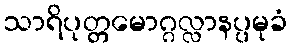
သာရိပုတ္တမောဂ္ဂလ္လာနပ္ပမုခံ